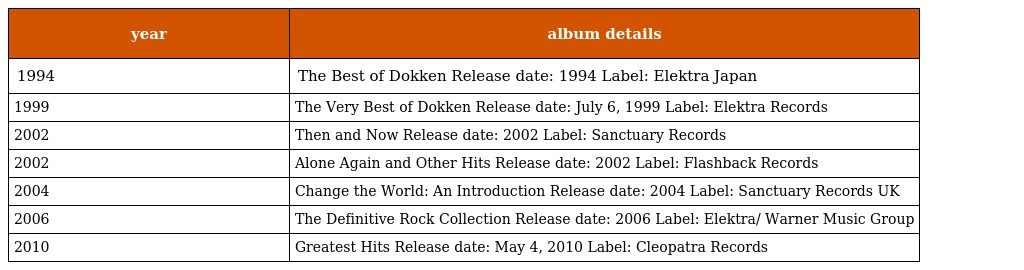
| year | album details |
 | --- | --- |
 | 1994 | The Best of Dokken Release date: 1994 Label: Elektra Japan |
 | 1999 | The Very Best of Dokken Release date: July 6, 1999 Label: Elektra Records |
 | 2002 | Then and Now Release date: 2002 Label: Sanctuary Records |
 | 2002 | Alone Again and Other Hits Release date: 2002 Label: Flashback Records |
 | 2004 | Change the World: An Introduction Release date: 2004 Label: Sanctuary Records UK |
 | 2006 | The Definitive Rock Collection Release date: 2006 Label: Elektra/ Warner Music Group |
 | 2010 | Greatest Hits Release date: May 4, 2010 Label: Cleopatra Records |